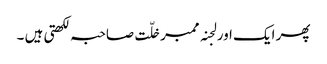
پھر ایک اور لجنہ ممبر خلّت صاحبہ لکھتی ہیں ۔